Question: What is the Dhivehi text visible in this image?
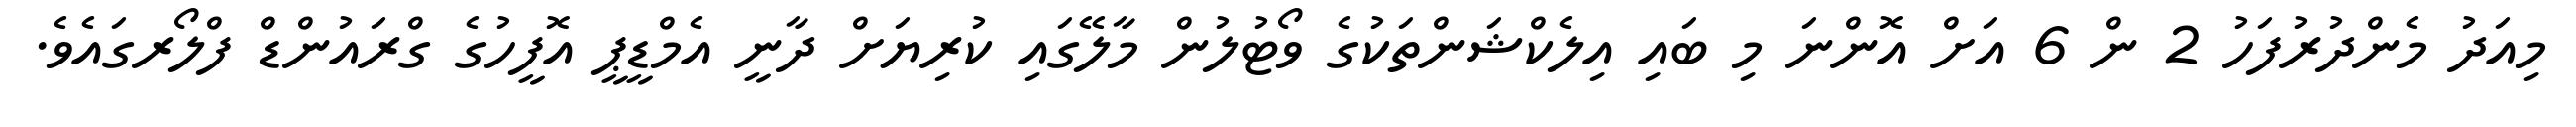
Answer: މިއަދު މެންދުރުފަހު 2 ން 6 އަށް އޮންނަ މި ބައި އިލެކްޝަންތަކުގެ ވޯޓުލުން މާލޭގައި ކުރިޔަށް ދާނީ އެމްޑީޕީ އޮފީހުގެ ގްރައުންޑް ފްލޯރގައެވެ.